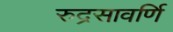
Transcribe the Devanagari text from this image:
रुद्रसावर्णि